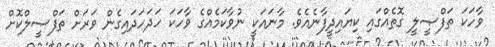
ވާހަކަ ތަފްޞީލީ ގޮތެއްގައި ކިޔައިދީފާނެއެވެ. މާނައަކީ ނުވާކަމެއްގެ ވާހަކަ ހަދަހަދައިގެން ވަރަށް ތަފްޞީލްކޮށް